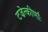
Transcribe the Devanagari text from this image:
टज्रेत्कीर्णाः